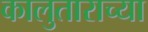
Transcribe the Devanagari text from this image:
कालुताराच्या